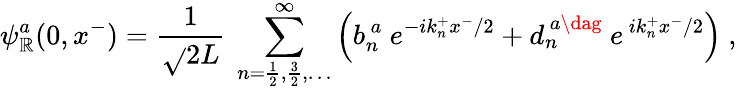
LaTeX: \psi_{\mathbb{R}}^{a}(0,x^{-})=\frac{{1}}{{\sqrt{}{{2L}}}}~\sum_{n=\frac{{1}}{{2}},\frac{{3}}{{2}},\dots}^{\infty}\left(b_{n}^{\, a}~e^{-ik_{n}^{+}x^{-}/2}+d_{n}^{\, a\dag}~e^{\, ik_{n}^{+}x^{-}/2}\right)~,